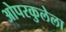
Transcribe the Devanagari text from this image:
ओपरकुलेला